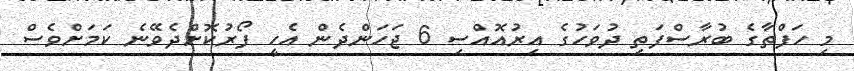
މި ހަފްތާގެ ބުރާސްފަތި ދުވަހުގެ އިރުއޮއްސި 6 ޖަހަންދެން އެހީ ފޯރުކޮށްދެވޭނެ ކަމަށްވެސް